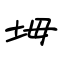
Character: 坶